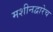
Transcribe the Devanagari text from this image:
मशीनद्वारेच